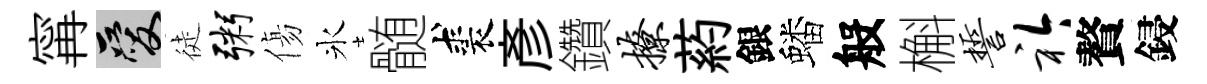
𡩋爱徒粥傷氷髄裘彥鑽撩葯銀蟠般槲誓衿贅鋟